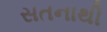
સતનાથી